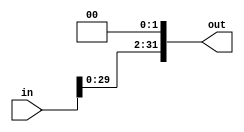
`timescale 1ns / 1ps

module shifter_2(out, in);
    parameter word = 32;
    parameter by = 2;
    
    input [word - 1:0] in;
    output [word - 1:0] out;
    
    assign out[word - 1:by] = in[word - 1 - by:0];
    assign out[by - 1:0] = 0;
endmodule